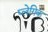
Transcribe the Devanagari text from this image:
प्लेगिक